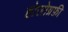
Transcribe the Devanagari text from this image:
होलोग्रफ़ी